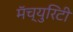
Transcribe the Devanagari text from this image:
मॅच्युरिटी